Scottish Leaving Certificate Examination, 1961
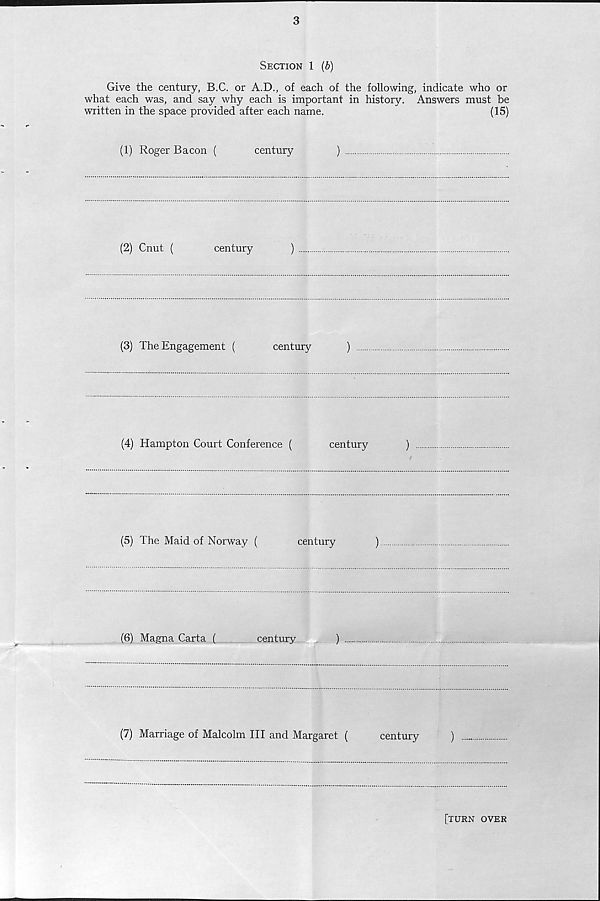
3
Section 1 (6)
Give the century, B.C. or A.D., of each of the following, indicate who or
what each was, and say why each is important in history. Answers must be
written in the space provided after each name.
(15)
(1) Roger Bacon (
century
)
(2) Cnut (
century
)
(3) The Engagement (
century
)
(4) Hampton Court Conference (
century
)
(5) The Maid of Norway (
century
)
(6) Magna Carta (
century
)
(7) Marriage of Malcolm III and Margaret (
century
)
[turn over